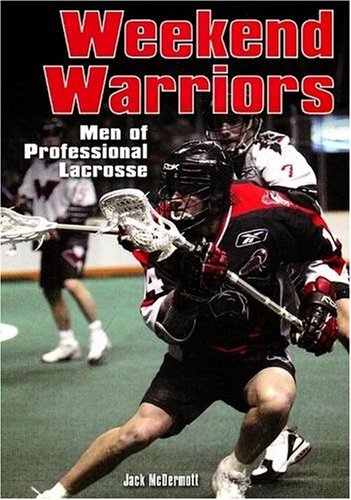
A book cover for Weekend Warriors: Men of the National Lacrosse League; Jack McDermott; Sports & Outdoors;